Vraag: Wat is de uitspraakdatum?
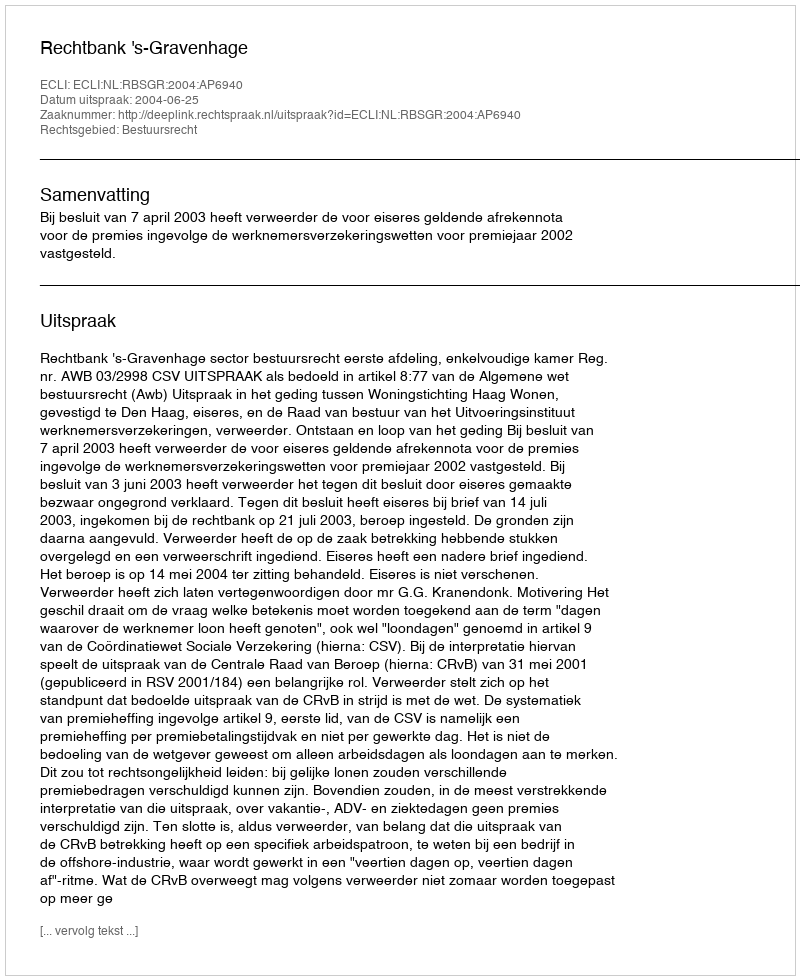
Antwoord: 2004-06-25